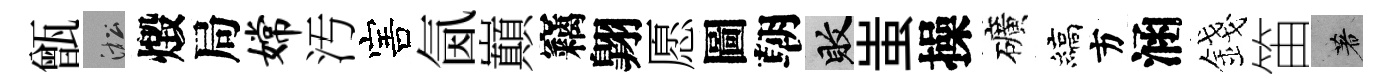
甑淞燬局嫦汚害氤巔竊翺愿圖朝敗蚩操礦縞方涵錢笛著